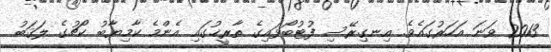
2013 ވަަނަ އަހަރުގައެވެ. އިނގިރޭސި ފުޓުބޯޅައިގެ ތާރީޚުގައި އެންމެ ކާމިޔާބު ކޯޗުގެ ލަޤަބު